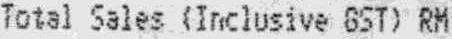
TOTAL SALES (INCLUSIVE GST) RM